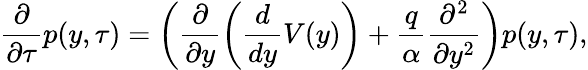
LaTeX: \frac{\partial}{\partial\tau}p(y,\tau)=\left(\frac{\partial}{\partial y}\left(\frac{d}{dy}V(y)\right)+\frac{q}{\alpha}\frac{\partial^{2}}{\partial y^{2}}\right)p(y,\tau),